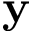
\mathbf y